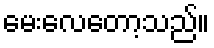
မေးလေတော့သည်။